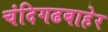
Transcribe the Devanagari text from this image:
चंदिगढबाहेर